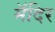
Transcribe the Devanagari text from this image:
मॅदिर